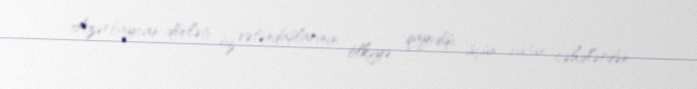
Azərbaycan dövləti öz vətəndaşlarının ölkəyə qayıdışı üçün bütün cəhdlərdən